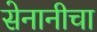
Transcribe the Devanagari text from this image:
सेनानीचा